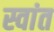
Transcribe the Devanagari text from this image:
स्वांत